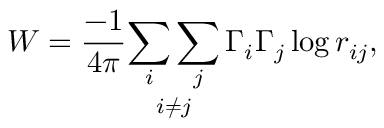
W = \frac { - 1 } { 4 \pi } \underset { i \neq j } { \sum _ { i } \sum _ { j } } \, \Gamma _ { i } \Gamma _ { j } \log r _ { i j } ,